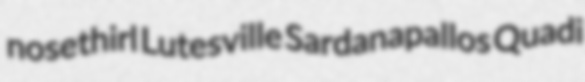
nosethirl Lutesville Sardanapallos Quadi